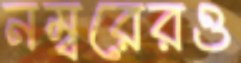
নম্বরেরও